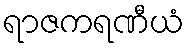
ရာဇကရဏီယံ